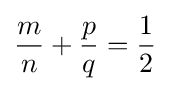
{\frac {m}{n}}+{\frac {p}{q}}={\frac {1}{2}}